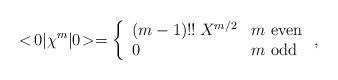
LaTeX: \begin{align*}<\!0|\chi^m|0\!> = \left\{ \begin{array}{ll} (m-1)!! \: X^{m/2} & \mbox{$m$ even} \\0& \mbox{$m$ odd}\end{array} \right. , \end{align*}